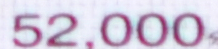
52,000